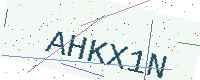
Text: AHKX1N